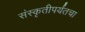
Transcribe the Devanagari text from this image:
संस्कृतीपर्यंतचा